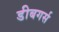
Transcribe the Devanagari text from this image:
डीबगर्स